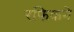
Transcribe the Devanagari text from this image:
रफिकने